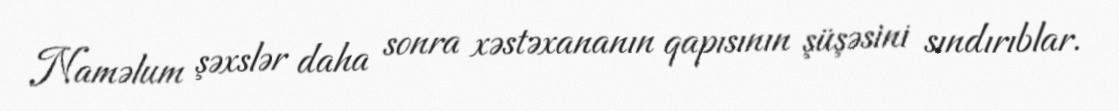
Naməlum şəxslər daha sonra xəstəxananın qapısının şüşəsini sındırıblar.